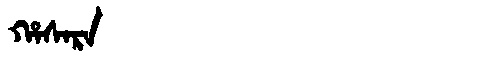
Manchu: ᡥᠠᠰᠠᡵᠠ
Romanization: HASARA